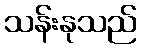
သန်းနုသည်